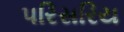
પરિસરિય